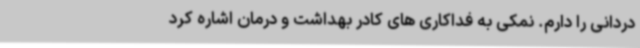
دردانی را دارم. نمکی به فداکاری های کادر بهداشت و درمان اشاره کرد